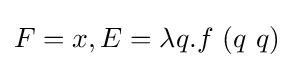
F=x,E=\lambda q.f\ (q\ q)